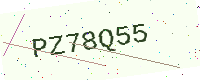
Text: PZ78Q55